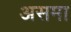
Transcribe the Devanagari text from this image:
असमा